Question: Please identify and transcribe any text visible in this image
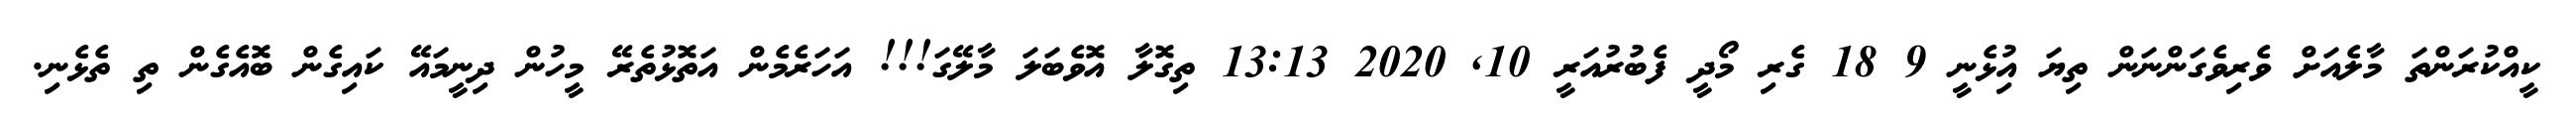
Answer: ކީއްކުރަންތަ މާލެއަށް ވެރިވެގަންނަން ތިޔަ އިުޅެނީ 9 18 ގެރި މޯދީ ފެބުރުއަރީ 10, 2020 13:13 ތިގޮލާ އޮވެބަލަ މާލޭގަ!!! އަހަރެމެން އަތޮޅުތެރޭ މީހުން ދިނީމައޭ ކައިގެން ބޮއެގެން ތި ތެޅެނި.